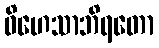
ဝိဟေသာဘိရတော